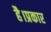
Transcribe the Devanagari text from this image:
है।प्रकार